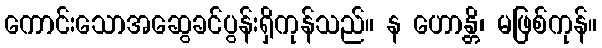
ကောင်းသောအဆွေခင်ပွန်းရှိကုန်သည်။ န ဟောန္တိ၊ မဖြစ်ကုန်။